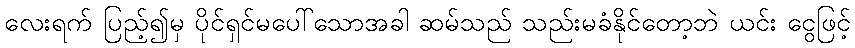
လေးရက် ပြည့်၍မှ ပိုင်ရှင်မပေါ်သောအခါ ဆမ်သည် သည်းမခံနိုင်တော့ဘဲ ယင်း ငွေဖြင့်